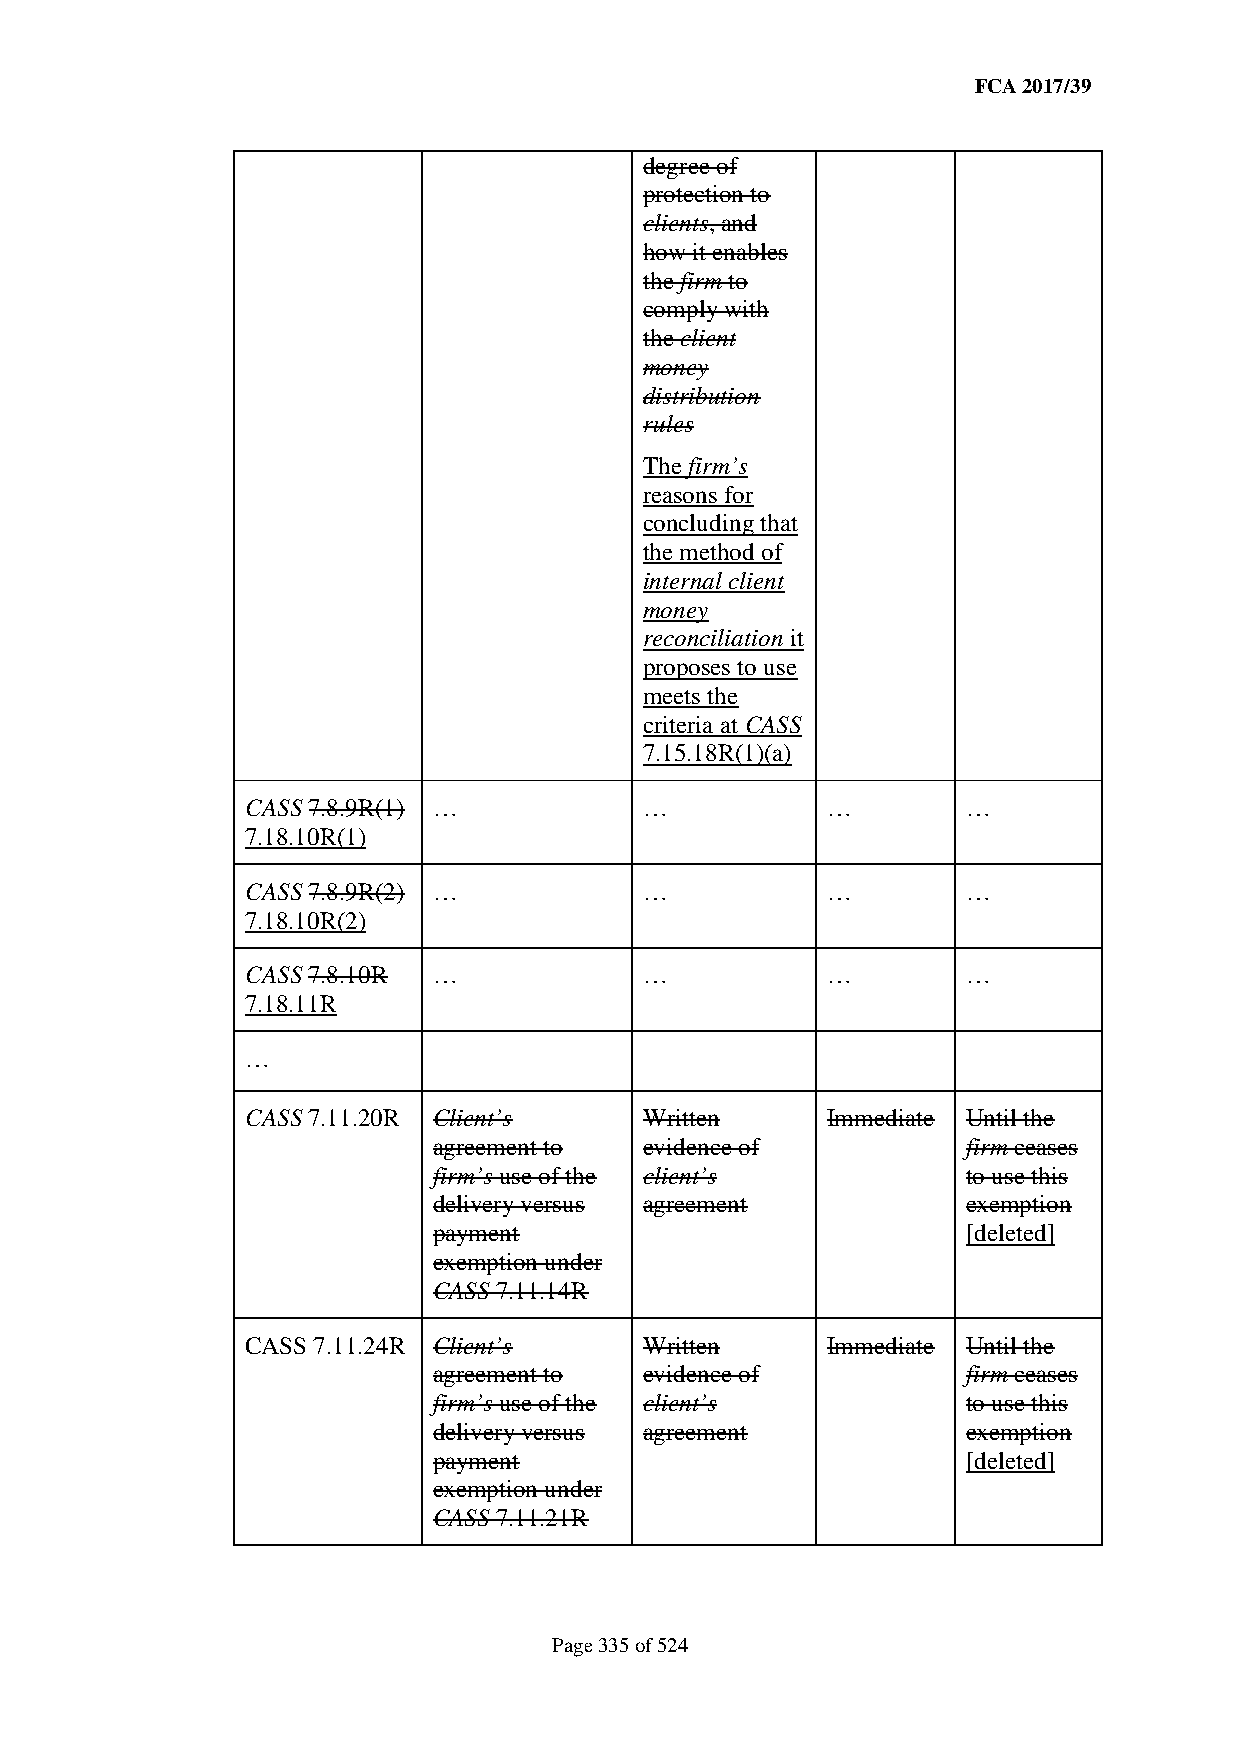
FCA 2017/39
 degree of
 protection to
 clients, and
 how it enables
 the firm to
 comply with
 the client
 money
 distribution
 rules
 The firm’s
 reasons for
 concluding that
 the method of
 internal client
 money
 reconciliation it
 proposes to use
 meets the
 criteria at CASS
 7.15.18R(1)(a)
 CASS 7.8.9R(1) …           …           …        …
 7.18.10R(1)
 CASS 7.8.9R(2) …           …           …        …
 7.18.10R(2)
 CASS 7.8.10R …             …           …        …
 7.18.11R
 …
 CASS 7.11.20R Client’s     Written     Immediate Until the
 agreement to  evidence of          firm ceases
 firm’s use of the client’s         to use this
 delivery versus agreement          exemption
 payment                            [deleted]
 exemption under
 CASS 7.11.14R
 CASS 7.11.24R Client’s     Written     Immediate Until the
 agreement to  evidence of          firm ceases
 firm’s use of the client’s         to use this
 delivery versus agreement          exemption
 payment                            [deleted]
 exemption under
 CASS 7.11.21R
 Page 335 of 524